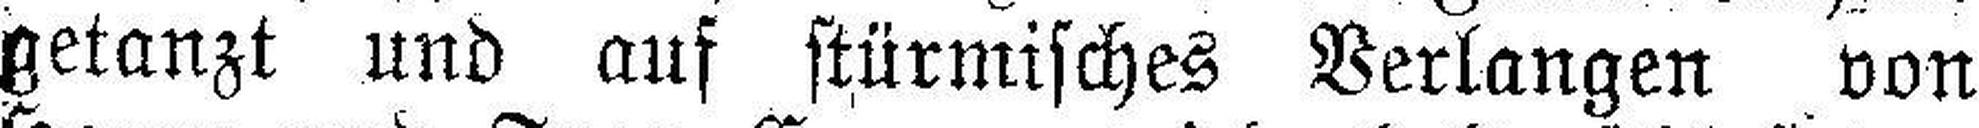
getanzt und auf stürmisches Verlangen von